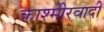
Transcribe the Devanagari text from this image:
काश्‍मीेरवादी